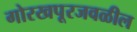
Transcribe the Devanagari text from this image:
गोरखपूरजवळील